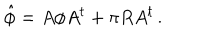
\hat { \phi } = A \phi A ^ { t } + \pi R A ^ { t } \, .